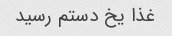
غذا یخ دستم رسید